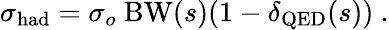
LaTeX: \sigma_{\mathrm{had}}=\sigma_{o}~\mathrm{BW}(s)(1-\delta_{\mathrm{QED}}(s))~.